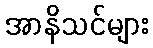
အာနိသင်များ